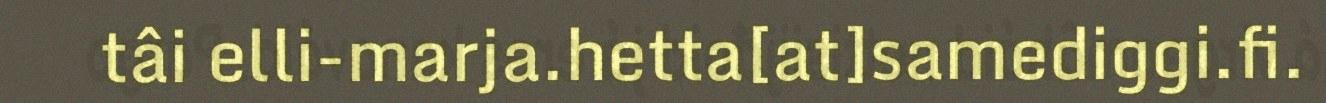
tâi elli-marja.hetta[at]samediggi.fi.